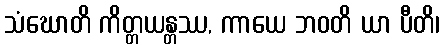
သံဃောတိ ကိတ္တယန္တဿ, ကာယေ ဘဝတိ ယာ ပီတိ၊